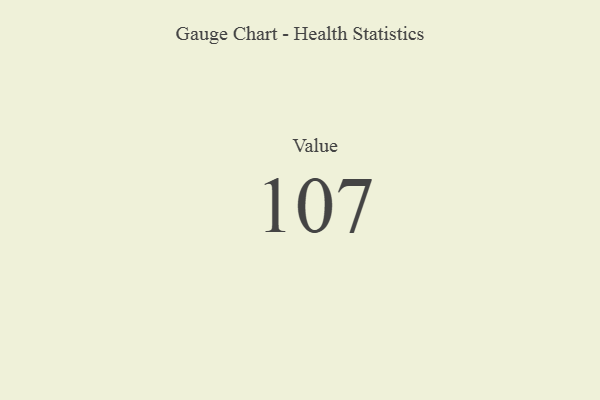
{"axis": {"x": "Metric", "y": "Value"}, "legend": [""], "data": [{"x": "Value", "y": 107, "type": ""}]}